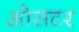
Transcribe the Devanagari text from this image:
ओसटर